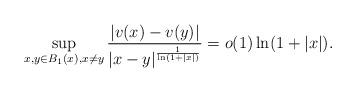
LaTeX: \begin{align*}\sup_{x,y\in B_1(x), x\not=y}\frac{|v(x)-v(y)|}{|x-y|^{\frac{1}{\ln(1+|x|)}}}=o(1)\ln(1+|x|).\end{align*}